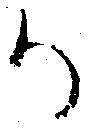
か